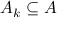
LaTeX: A _ { k } \subseteq A